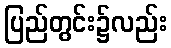
ပြည်တွင်း၌လည်း